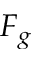
F _ { g }